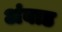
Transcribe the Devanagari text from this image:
अंबाड